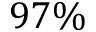
9 7 \%